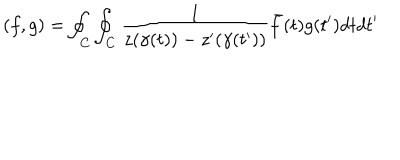
LaTeX: \left( f , g \right) = \oint _ { C } \oint _ { C } \frac { 1 } { z ( \gamma ( t ) ) - z ^ { \prime } ( \gamma ( t ^ { \prime } ) ) } \bar { f } ( t ) g ( t ^ { \prime } ) d t d t ^ { \prime }